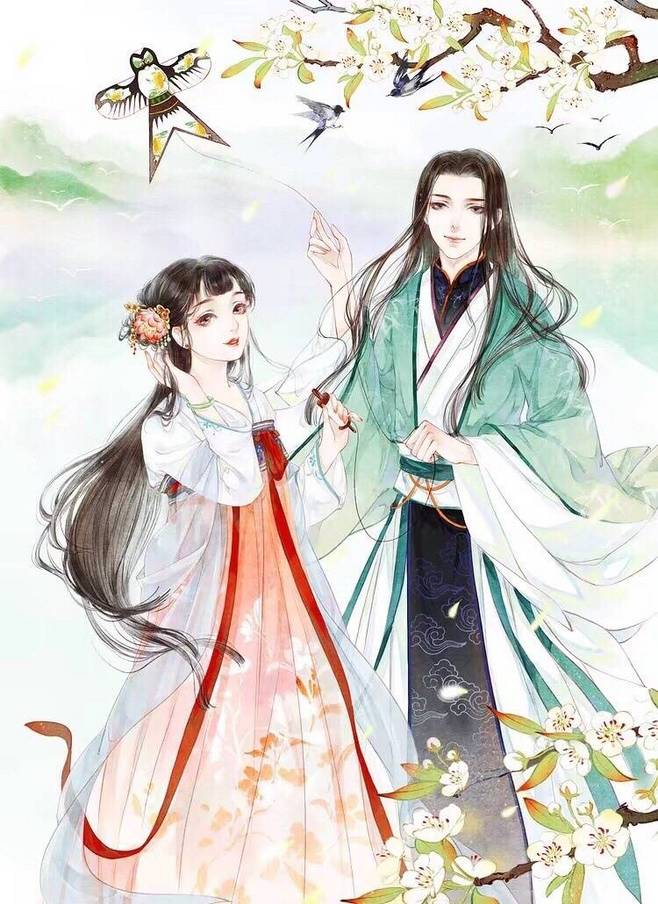
一生一代一双人，争教两处销魂。